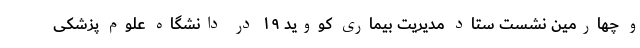
و چهارمین نشست ستاد مدیریت بیماری کووید ۱۹ در دانشگاه علوم پزشکی